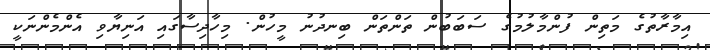
އިމާރާތުގެ މަތިން ފުންމާލުމުގެ ސަބަބުން ތަންތަން ބިނދުނު މީހުން. މިހާދިސާގައި އަނިޔާވި އެންމެންނަކީ